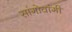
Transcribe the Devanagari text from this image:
सांगोवांगी